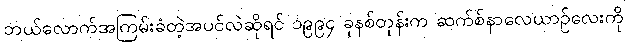
ဘယ်လောက်အကြမ်းခံတဲ့အပင်လဲဆိုရင် ၁၉၉၄ ခုနစ်တုန်းက ဆက်စ်နာလေယာဉ်လေးကို